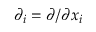
\partial _ { i } = \partial / \partial { x } _ { i }